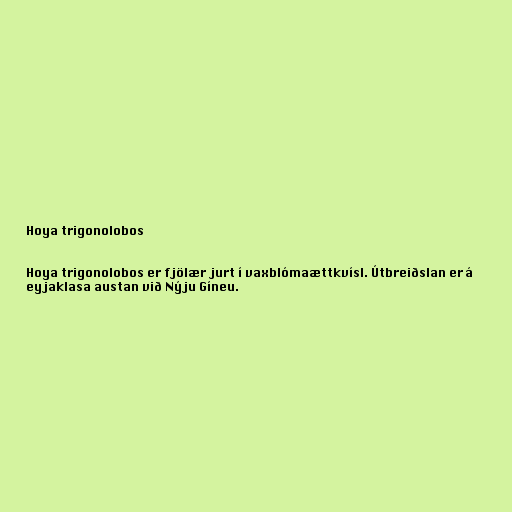
Hoya trigonolobos

Hoya trigonolobos er fjölær jurt í vaxblómaættkvísl. Útbreiðslan er á
eyjaklasa austan við Nýju Gíneu.